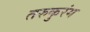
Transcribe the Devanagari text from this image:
तरुकुरंग